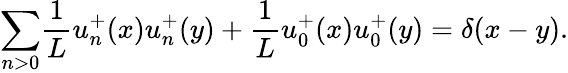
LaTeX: {\sum_{n>0}}\frac{1}{L}u_{n}^{+}(x)u_{n}^{+}(y)+\frac{1}{L}u_{0}^{+}(x)u_{0}^{+}(y)=\delta(x-y).